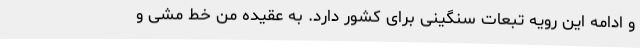
و ادامه این رویه تبعات سنگینی برای کشور دارد. به عقیده من خط مشی و